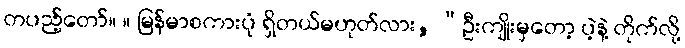
တပည့်တော်။ ။ မြန်မာစကားပုံ ရှိတယ်မဟုတ်လား, “ဦးကျိုးမှတော့ ပဲ့နဲ့ တိုက်လို့